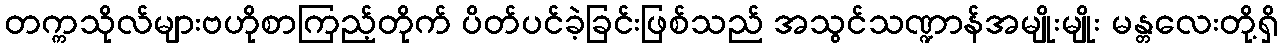
တက္ကသိုလ်များဗဟိုစာကြည့်တိုက် ပိတ်ပင်ခဲ့ခြင်းဖြစ်သည် အသွင်သဏ္ဍာန်အမျိုးမျိုး မန္တလေးတို့ရှိ